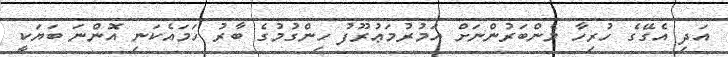
އަދި އެގޭގެ ހުރިހާ މެންބަރުންނަށް އަމުރުމަޢުރޫފު ހިންގުމުގެ ބާރު ހަމައެކަނި އޮންނަ ބަޔަކީ